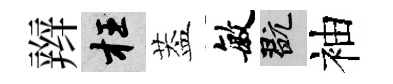
辫枉葢敏玩袖